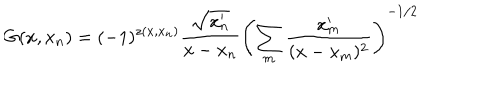
LaTeX: G ( x , x _ { n } ) = ( - 1 ) ^ { z ( x , x _ { n } ) } \frac { \sqrt { x _ { n } ^ { \prime } } } { x - x _ { n } } \left( \sum _ { m } \frac { x _ { m } ^ { \prime } } { ( x - x _ { m } ) ^ { 2 } } \right) ^ { - 1 / 2 }